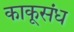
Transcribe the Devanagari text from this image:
काकूसंध